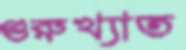
গুরুখ্যাত